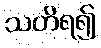
သတိရ၍